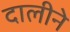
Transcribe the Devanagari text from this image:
दालीने